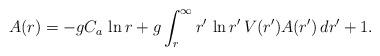
LaTeX: \begin{align*}A(r)=-gC_a\,\ln r+g\int_r^{\infty} r'\,\ln r'\,V(r')A(r')\,dr' +1.\end{align*}